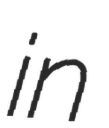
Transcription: in